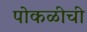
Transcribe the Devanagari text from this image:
पोकळीची